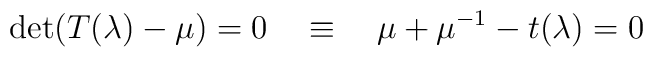
\det (T(\lambda) - \mu) = 0 \quad  \equiv \quad \mu + \mu^{-1} - t(\lambda) = 0